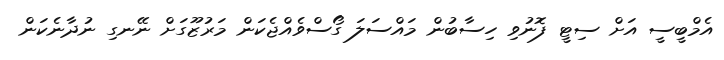
އެމްބީސީ އަށް ސިޓީ ފޮނުވި ހިސާބުން މައްސަލަ ގޯސްވެއްޖެކަން މަރުޒޫގަށް ނޭނގި ނުދާނެކަން